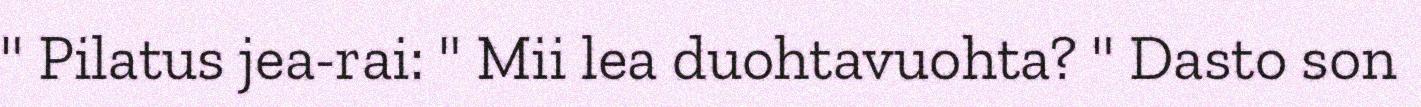
" Pilatus jea-rai: " Mii lea duohtavuohta? " Dasto son